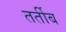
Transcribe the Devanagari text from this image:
तर्तीब